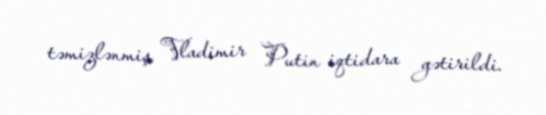
təmizlənmiş Vladimir Putin iqtidara gətirildi.